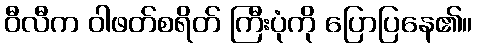
ဝီလီက ဝါဖတ်စရိတ် ကြီးပုံကို ပြောပြနေ၏။